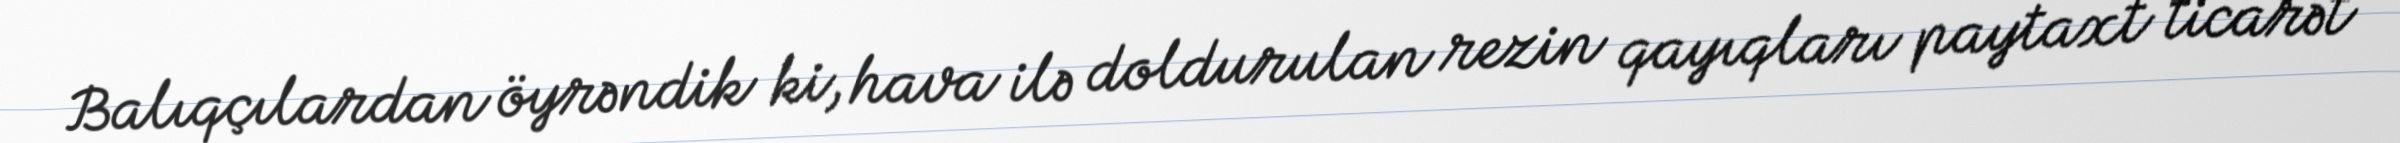
Balıqçılardan öyrəndik ki, hava ilə doldurulan rezin qayıqları paytaxt ticarət